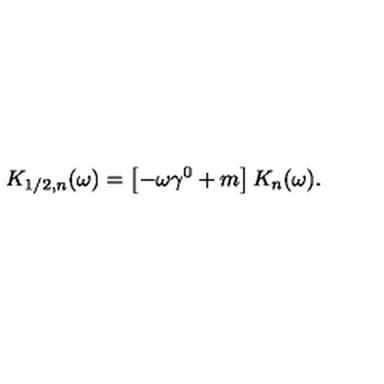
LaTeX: K _ { 1 / 2 , n } ( \omega ) = \left[ - \omega \gamma ^ { 0 } + m \right] K _ { n } ( \omega ) .